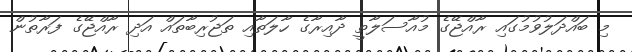
މި ބައްދަލުވުމުގައި ރާއްޖޭގެ މުއާސަލާތީ ދާއިރާގެ ހާލަތާއި ތަޖުރިބާތައް އަދި ރާއްޖޭގެ ފަރާތުން